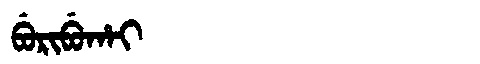
Manchu: ᠪᡠᡵᡳᠪᡠᡥᠠᡳ
Romanization: BURIBUHAI